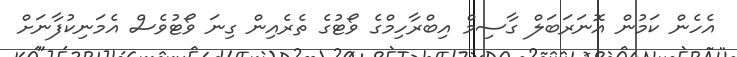
އެހެން ކަމުން އޮނަރަބަލް ގާސިމް އިބްރާހިމްގެ ވޯޓުގެ ތެރެއިން ގިނަ ވޯޓުވެސް އެމަނިކުފާނަށް